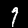
Digit: 7